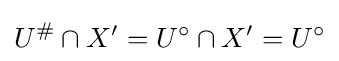
U^{\#}\cap X^{\prime }=U^{\circ }\cap X^{\prime }=U^{\circ }